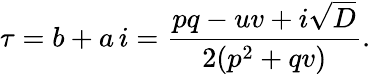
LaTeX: \tau=b+a\, i=\frac{pq-uv+i\sqrt{D}}{2(p^{2}+qv)}.